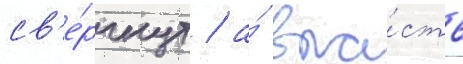
св'е́ргнут / а́ вла́сть